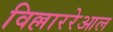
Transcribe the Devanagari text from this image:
विल्लाररेआल